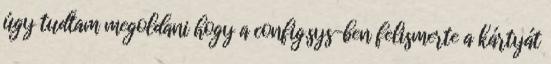
úgy tudtam megoldani hogy a config.sys-ben felismerte a kártyát